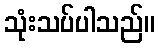
သုံးသပ်ပါသည်။